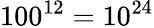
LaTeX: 100^{12}=10^{24}